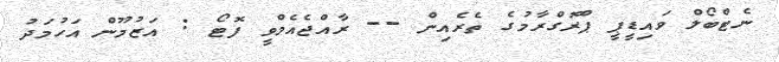
ނެޓްބޯލް ވައިޑީޕީ ޕްރޮގްރާމުގެ ތެރެއިން -- ރާއްޖެއެމްވީ ފޮޓޯ : އަޒުމޫން އަހުމަދު